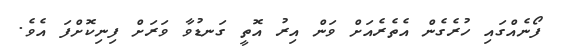
ފޯނެއްގައި ހުރެގެން އެތެރެއަށް ވަން އިރު އޮތީ ގަނޑުވާ ވަރަށް ފިނިކޮށްފަ އެވެ.